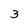
Character: 3